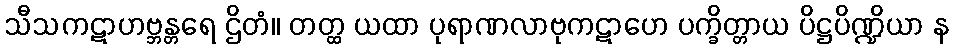
သီသကဋာဟဗ္ဘန္တရေ ဌိတံ။ တတ္ထ ယထာ ပုရာဏလာဗုကဋာဟေ ပက္ခိတ္တာယ ပိဋ္ဌပိဏ္ဍိယာ န